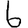
Digit: 6